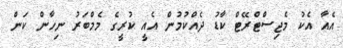
އެއާ އެކު މެޖިސްޓްރޭޓް ކާޑު ދެއްކުމުން އެއީ ކުރީގެ މެމްބަރު ނިހާން ކަން